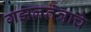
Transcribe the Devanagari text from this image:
गझलतंत्राचे